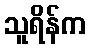
သူရိန်က